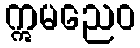
ဣမညေဝ